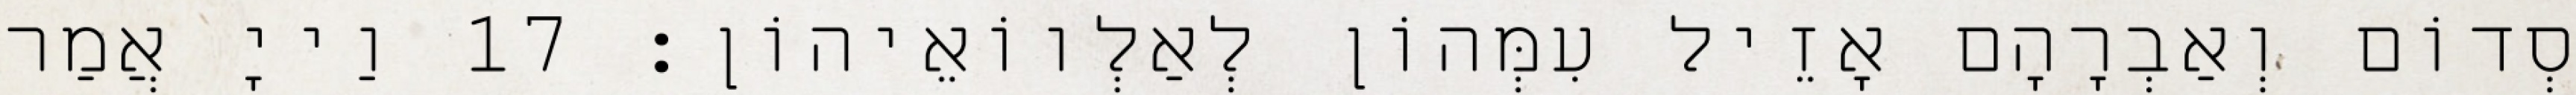
סְדוֹם וְאַבְרָהָם אָזֵיל עִמְּהוֹן לְאַלְווֹאֵיהוֹן׃ 17 וַייָ אֲמַר